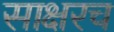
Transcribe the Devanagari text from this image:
साक्षरच